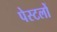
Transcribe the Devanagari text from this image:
पेस्टलों